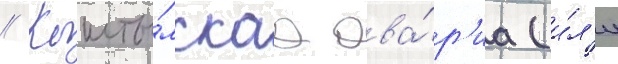
// Кышты́мскаа ава́р'иа (и́л'и